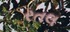
રતલ